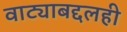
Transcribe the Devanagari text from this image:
वाट्याबद्दलही